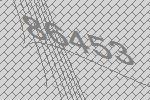
86453